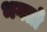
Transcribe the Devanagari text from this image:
भगतो